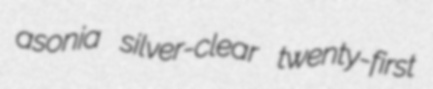
asonia silver-clear twenty-first